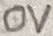
Text: 0V